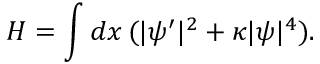
H = \int d x \, ( | \psi ^ { \prime } | ^ { 2 } + \kappa | \psi | ^ { 4 } ) .